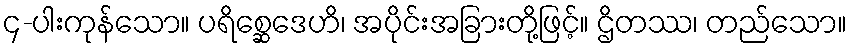
၄-ပါးကုန်သော။ ပရိစ္ဆေဒေဟိ၊ အပိုင်းအခြားတို့ဖြင့်။ ဌိတဿ၊ တည်သော။